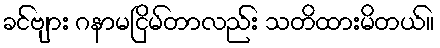
ခင်ဗျား ဂနာမငြိမ်တာလည်း သတိထားမိတယ်။